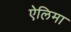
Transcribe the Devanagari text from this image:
ऐलिमा